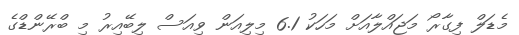
މެޑަލް ފިގާރޯ މަޖައްލާއަށް މަހަކު 6.1 މިލިއަން ވިއަސް ލިބޭއިރު މި ބްރޭންޑްގެ